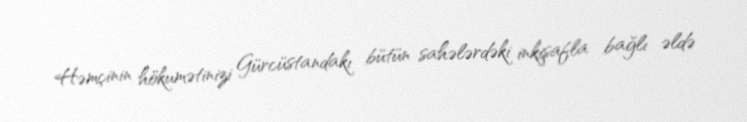
Həmçinin hökumətinizi Gürcüstandakı bütün sahələrdəki inkişafla bağlı əldə